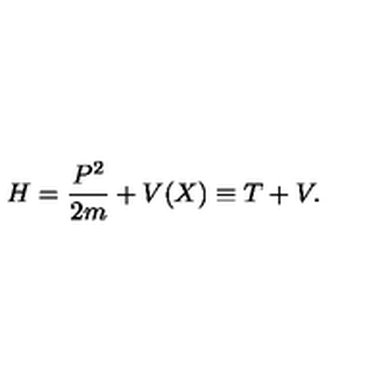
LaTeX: H = \frac { P ^ { 2 } } { 2 m } + V ( X ) \equiv T + V .